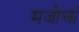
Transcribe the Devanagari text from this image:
मजोर्चा